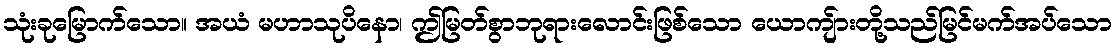
သုံးခုမြောက်သော။ အယံ မဟာသုပိနော၊ ဤမြတ်စွာဘုရားလောင်းဖြစ်သော ယောကျ်ားတို့သည်မြင်မက်အပ်သော